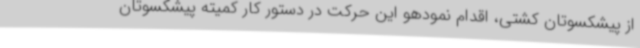
از پیشکسوتان کشتی، اقدام نمودهو این حرکت در دستور کار کمیته پیشکسوتان